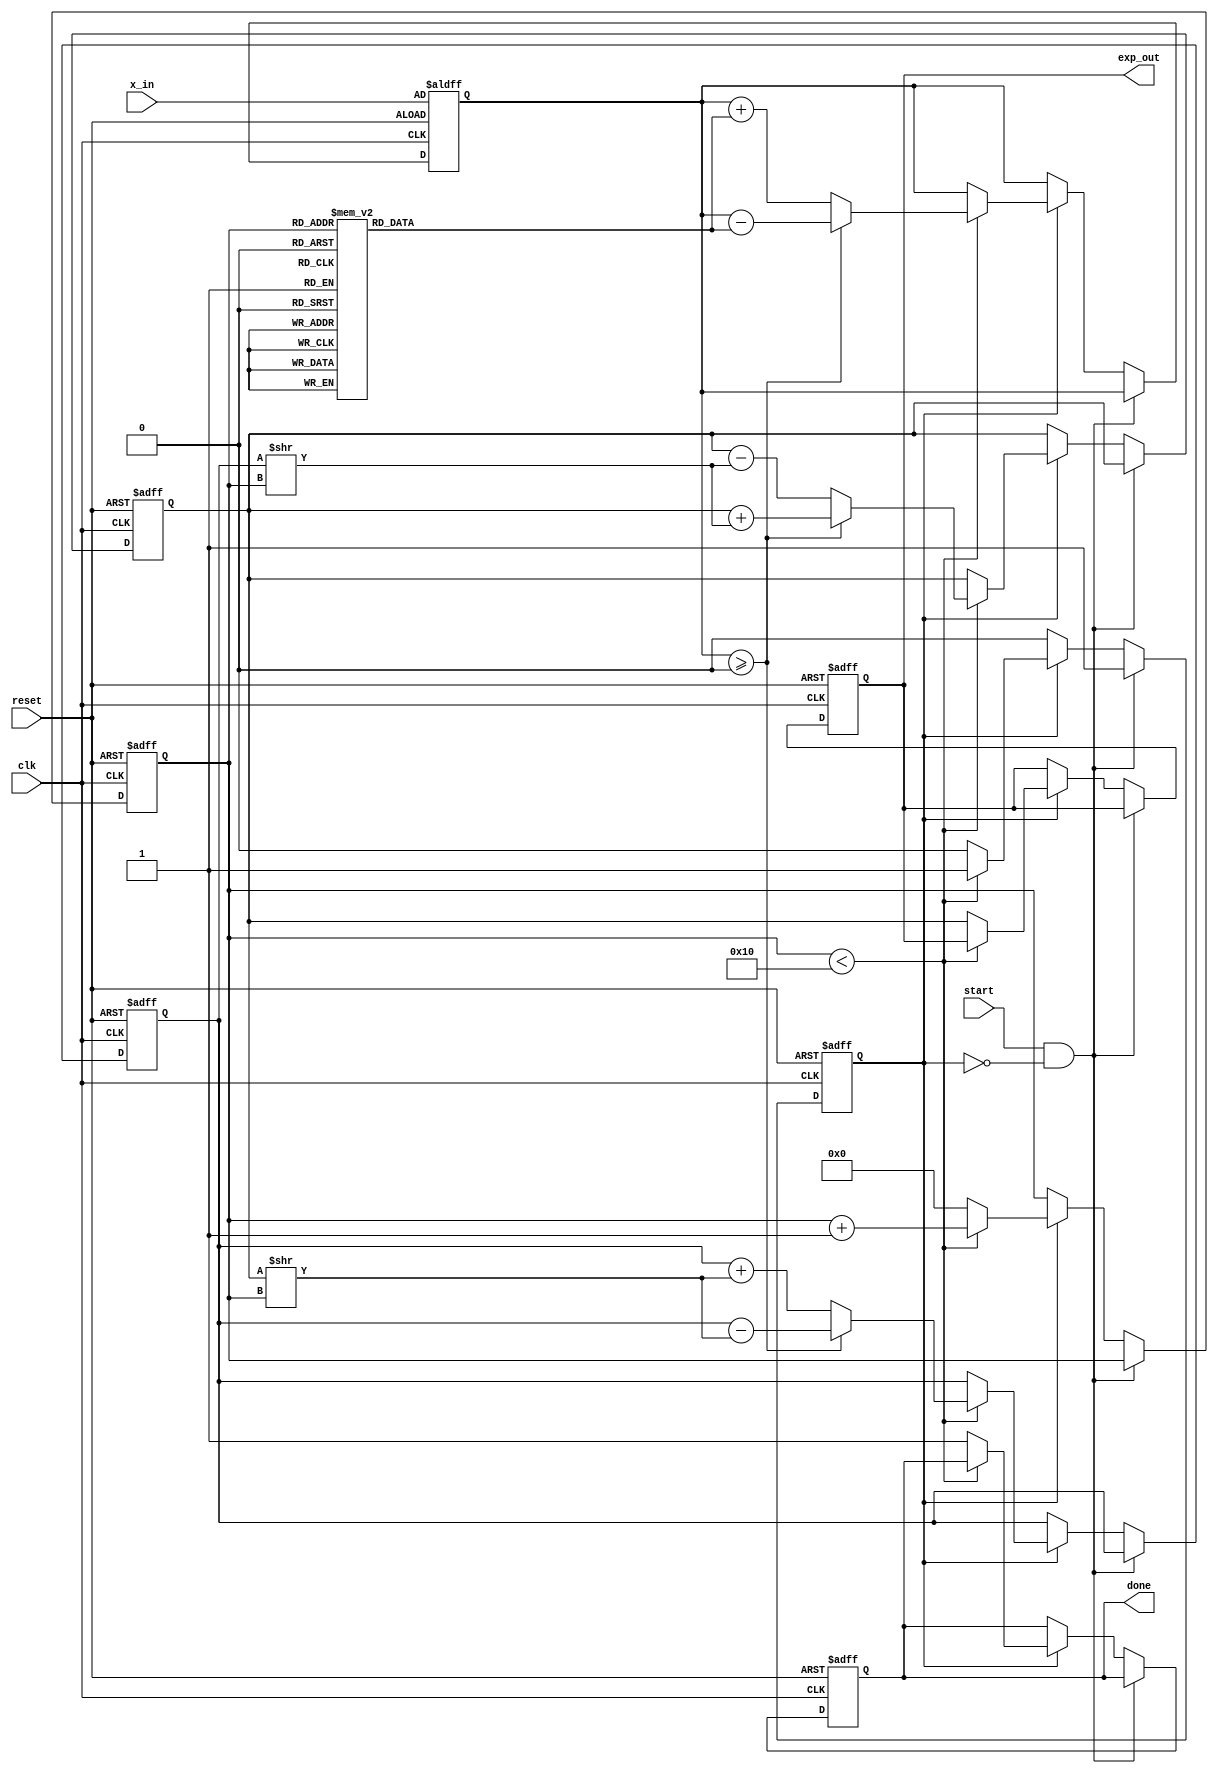
module cordic_exp (
    input wire clk,
    input wire reset,
    input wire [15:0] x_in,        // Fixed-point input, normalized, e.g., x_in in [-1, 1]
    input wire start,              // Signal to start computation
    output reg [31:0] exp_out,     // Fixed-point output for computed exponential value
    output reg done                // Signal indicating completion of computation
);

    // Define parameters
    localparam N_ITER = 16;         // Number of iterations for CORDIC
    localparam ANGLE_WIDTH = 16;    // Width for angle representation
    localparam FIXED_POINT_WIDTH = 32; // Total width for fixed-point representation

    // Angle values (arctan(2^-i) in fixed point)
    reg [ANGLE_WIDTH-1:0] angle_table [0:N_ITER-1];
    initial begin
        angle_table[0]  = 16'h0000;  // atan(1.0) = 0
        angle_table[1]  = 16'h324A;  // atan(0.5) = 26.565 degrees
        angle_table[2]  = 16'h1DAC;  // atan(0.25) = 14.036 degrees
        angle_table[3]  = 16'h0FAD;  // atan(0.125) = 7.125 degrees
        // ... Initialize other angles as needed
    end

    // Internal registers
    reg [FIXED_POINT_WIDTH-1:0] x;   // x value
    reg [FIXED_POINT_WIDTH-1:0] y;   // y value
    reg [ANGLE_WIDTH-1:0] z;          // Angle accumulator
    reg [3:0] iteration_count;        // Counter for iterations
    reg start_calc;                   // Internal signal to control CORDIC loop

    // Sequential logic for initialization and iteration control
    always @(posedge clk or posedge reset) begin
        if (reset) begin
            x <= 32'h00000001;  // Initial x = 1
            y <= 32'h00000000;  // Initial y = 0
            z <= x_in;          // Initialize angle with input
            iteration_count <= 0;
            exp_out <= 0;
            done <= 0;
            start_calc <= 0;
        end
        else if (start && !start_calc) begin
            start_calc <= 1;  // Start the computation
        end
        else if (start_calc) begin
            if (iteration_count < N_ITER) begin
                // CORDIC iteration logic, adjust according to the direction
                // Apply the rotation
                if (z >= 16'h0000) begin
                    x <= x + (y >> iteration_count);
                    y <= y - (x >> iteration_count);
                    z <= z - angle_table[iteration_count];
                end
                else begin
                    x <= x - (y >> iteration_count);
                    y <= y + (x >> iteration_count);
                    z <= z + angle_table[iteration_count];
                end
                iteration_count <= iteration_count + 1;
            end
            else begin
                exp_out <= x;      // Output the final result
                done <= 1;         // Indicate computation is done
                start_calc <= 0;   // Reset start signal
                iteration_count <= 0; // Reset count for the next iteration
            end
        end
    end

endmodule